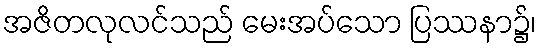
အဇိတလုလင်သည် မေးအပ်သော ပြဿနာ၌၊